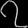
Digit: ၇